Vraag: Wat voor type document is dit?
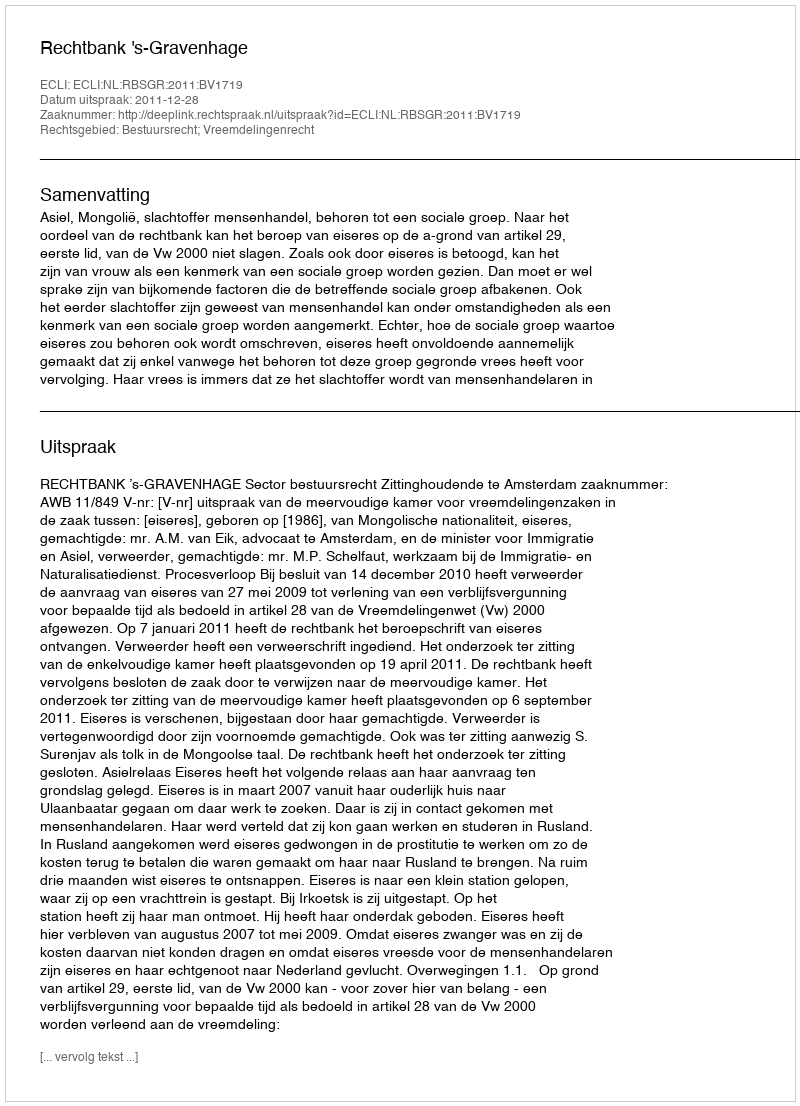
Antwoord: Uitspraak